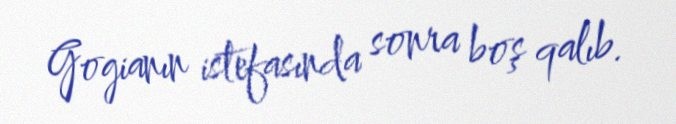
Gogianın istefasında sonra boş qalıb.